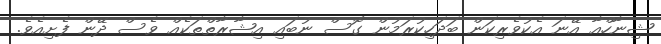
ޝިނާހްއާ އޭނަ އެކުވެރިކަން ބަދަހިކުރަމުން ގޮސް ނުބައި އިޝާރާތްތަކެއް ވެސް ދޭން ފެށިއެވެ.